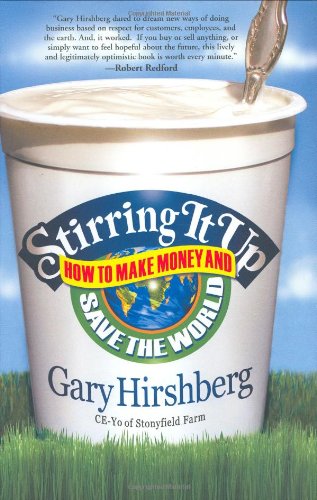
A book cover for Stirring It Up: How to Make Money and Save the World; Gary Hirshberg; Business & Money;